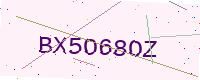
Text: BX5O68OZ